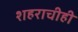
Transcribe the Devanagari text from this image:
शहराचीही